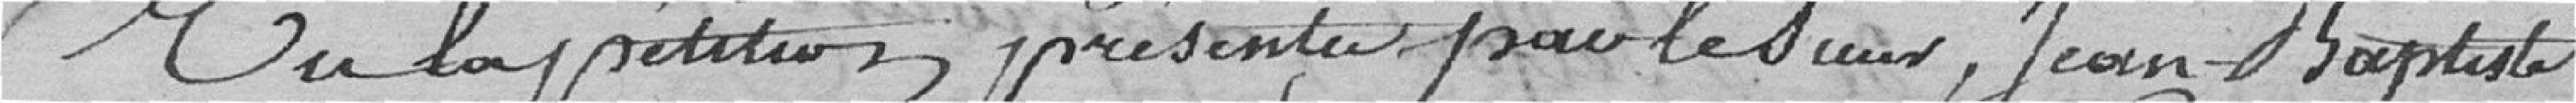
Vu la pétition présentée par le sieur Jean-Baptiste